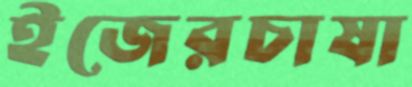
ইজেরচাষা